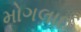
મોગલાઈ